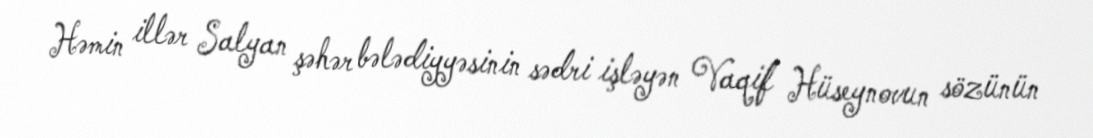
Həmin illər Salyan şəhər bələdiyyəsinin sədri işləyən Vaqif Hüseynovun sözünün